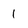
Character: 1